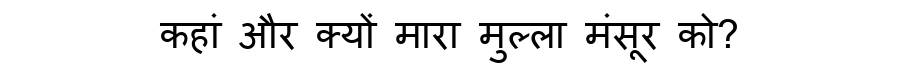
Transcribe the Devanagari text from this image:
कहां और क्यों मारा मुल्ला मंसूर को?